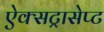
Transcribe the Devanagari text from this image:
ऐक्सट्रासेप्ट